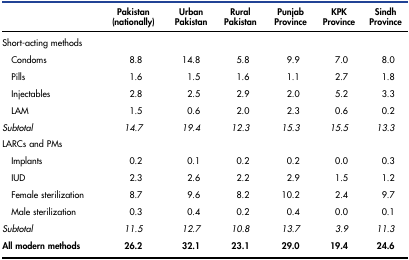
<table><thead><tr><td></td><td><b>Pakistan (nationally)</b></td><td><b>Urban Pakistan</b></td><td><b>Rural Pakistan</b></td><td><b>Punjab Province</b></td><td><b>KPK Province</b></td><td><b>Sindh Province</b></td></tr></thead><tbody><tr><td colspan="7">Short-acting methods</td></tr><tr><td> Condoms</td><td>8.8</td><td>14.8</td><td>5.8</td><td>9.9</td><td>7.0</td><td>8.0</td></tr><tr><td> Pills</td><td>1.6</td><td>1.5</td><td>1.6</td><td>1.1</td><td>2.7</td><td>1.8</td></tr><tr><td> Injectables</td><td>2.8</td><td>2.5</td><td>2.9</td><td>2.0</td><td>5.2</td><td>3.3</td></tr><tr><td> LAM</td><td>1.5</td><td>0.6</td><td>2.0</td><td>2.3</td><td>0.6</td><td>0.2</td></tr><tr><td><i>Subtotal</i></td><td><i>14.7</i></td><td><i>19.4</i></td><td><i>12.3</i></td><td><i>15.3</i></td><td><i>15.5</i></td><td><i>13.3</i></td></tr><tr><td colspan="7">LARCs and PMs</td></tr><tr><td> Implants</td><td>0.2</td><td>0.1</td><td>0.2</td><td>0.2</td><td>0.0</td><td>0.3</td></tr><tr><td> IUD</td><td>2.3</td><td>2.6</td><td>2.2</td><td>2.9</td><td>1.5</td><td>1.2</td></tr><tr><td> Female sterilization</td><td>8.7</td><td>9.6</td><td>8.2</td><td>10.2</td><td>2.4</td><td>9.7</td></tr><tr><td> Male sterilization</td><td>0.3</td><td>0.4</td><td>0.2</td><td>0.4</td><td>0.0</td><td>0.1</td></tr><tr><td><i>Subtotal</i></td><td><i>11.5</i></td><td><i>12.7</i></td><td><i>10.8</i></td><td><i>13.7</i></td><td><i>3.9</i></td><td><i>11.3</i></td></tr><tr><td><b>All modern methods</b></td><td><b>26.2</b></td><td><b>32.1</b></td><td><b>23.1</b></td><td><b>29.0</b></td><td><b>19.4</b></td><td><b>24.6</b></td></tr></tbody></table>